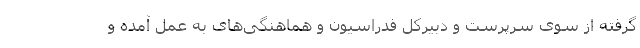
گرفته از سوی سرپرست و دبیرکل فدراسیون و هماهنگی‌های به عمل آمده و